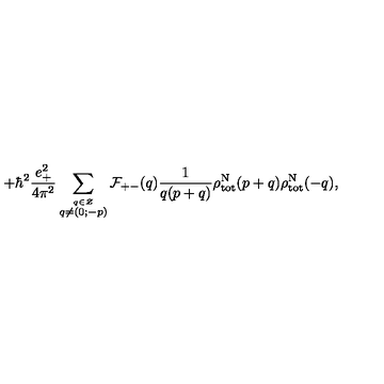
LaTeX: + { \hbar } ^ { 2 } \frac { e _ { + } ^ { 2 } } { 4 { \pi } ^ { 2 } } \sum _ { \stackrel { q \in \cal Z } { q \neq ( 0 ; - p ) } } { \cal F } _ { + - } ( q ) \frac { 1 } { q ( p + q ) } { \rho } _ { \mathrm { t o t } } ^ { \mathrm { N } } ( p + q ) { \rho } _ { \mathrm { t o t } } ^ { \mathrm { N } } ( - q ) ,